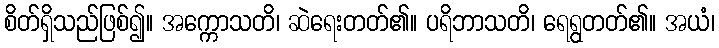
စိတ်ရှိသည်ဖြစ်၍။ အက္ကောသတိ၊ ဆဲရေးတတ်၏။ ပရိဘာသတိ၊ ရေရွတတ်၏။ အယံ၊